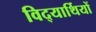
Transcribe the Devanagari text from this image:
विद्‍यार्थियों